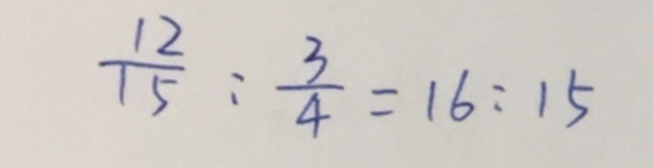
\frac { 1 2 } { 1 5 } : \frac { 3 } { 4 } = 1 6 : 1 5